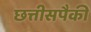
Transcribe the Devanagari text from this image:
छत्तीसपैकी